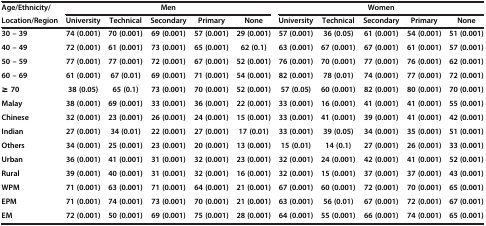
<table><thead><tr><td><b>Age/Ethnicity/</b></td><td colspan="5"><b>Men</b></td><td colspan="5"><b>Women</b></td></tr><tr><td><b>Location/Region</b></td><td><b>University</b></td><td><b>Technical</b></td><td><b>Secondary</b></td><td><b>Primary</b></td><td><b>None</b></td><td><b>University</b></td><td><b>Technical</b></td><td><b>Secondary</b></td><td><b>Primary</b></td><td><b>None</b></td></tr></thead><tbody><tr><td><b>30 – 39</b></td><td><b>74 (0.001)</b></td><td><b>70 (0.001)</b></td><td><b>69 (0.001)</b></td><td><b>57 (0.001)</b></td><td><b>29 (0.001)</b></td><td><b>57 (0.001)</b></td><td><b>36 (0.05)</b></td><td><b>61 (0.001)</b></td><td><b>54 (0.001)</b></td><td><b>51 (0.001)</b></td></tr><tr><td><b>40 – 49</b></td><td><b>72 (0.001)</b></td><td><b>61 (0.001)</b></td><td><b>73 (0.001)</b></td><td><b>65 (0.001)</b></td><td><b>62 (0.1)</b></td><td><b>63 (0.001)</b></td><td><b>67 (0.001)</b></td><td><b>67 (0.001)</b></td><td><b>61 (0.001)</b></td><td><b>57 (0.001)</b></td></tr><tr><td><b>50 – 59</b></td><td><b>77 (0.001)</b></td><td><b>77 (0.001)</b></td><td><b>72 (0.001)</b></td><td><b>67 (0.001)</b></td><td><b>52 (0.001)</b></td><td><b>76 (0.001)</b></td><td><b>70 (0.001)</b></td><td><b>77 (0.001)</b></td><td><b>76 (0.001)</b></td><td><b>62 (0.001)</b></td></tr><tr><td><b>60 – 69</b></td><td><b>61 (0.001)</b></td><td><b>67 (0.01)</b></td><td><b>69 (0.001)</b></td><td><b>71 (0.001)</b></td><td><b>54 (0.001)</b></td><td><b>82 (0.001)</b></td><td><b>78 (0.01)</b></td><td><b>74 (0.001)</b></td><td><b>77 (0.001)</b></td><td><b>72 (0.001)</b></td></tr><tr><td><b>≥ 70</b></td><td><b>38 (0.05)</b></td><td><b>65 (0.1)</b></td><td><b>73 (0.001)</b></td><td><b>70 (0.001)</b></td><td><b>52 (0.001)</b></td><td><b>57 (0.05)</b></td><td><b>60 (0.001)</b></td><td><b>82 (0.001)</b></td><td><b>80 (0.001)</b></td><td><b>70 (0.001)</b></td></tr><tr><td><b>Malay</b></td><td><b>38 (0.001)</b></td><td><b>69 (0.001)</b></td><td><b>33 (0.001)</b></td><td><b>36 (0.001)</b></td><td><b>22 (0.001)</b></td><td><b>33 (0.001)</b></td><td><b>16 (0.001)</b></td><td><b>41 (0.001)</b></td><td><b>41 (0.001)</b></td><td><b>55 (0.001)</b></td></tr><tr><td><b>Chinese</b></td><td><b>32 (0.001)</b></td><td><b>23 (0.001)</b></td><td><b>26 (0.001)</b></td><td><b>24 (0.001)</b></td><td><b>15 (0.001)</b></td><td><b>33 (0.001)</b></td><td><b>41 (0.001)</b></td><td><b>39 (0.001)</b></td><td><b>41 (0.001)</b></td><td><b>42 (0.001)</b></td></tr><tr><td><b>Indian</b></td><td><b>27 (0.001)</b></td><td><b>34 (0.01)</b></td><td><b>22 (0.001)</b></td><td><b>27 (0.001)</b></td><td><b>17 (0.01)</b></td><td><b>33 (0.001)</b></td><td><b>39 (0.05)</b></td><td><b>34 (0.001)</b></td><td><b>35 (0.001)</b></td><td><b>51 (0.001)</b></td></tr><tr><td><b>Others</b></td><td><b>34 (0.001)</b></td><td><b>25 (0.001)</b></td><td><b>23 (0.001)</b></td><td><b>20 (0.001)</b></td><td><b>13 (0.001)</b></td><td><b>15 (0.01)</b></td><td><b>14 (0.1)</b></td><td><b>27 (0.001)</b></td><td><b>26 (0.001)</b></td><td><b>33 (0.001)</b></td></tr><tr><td><b>Urban</b></td><td><b>36 (0.001)</b></td><td><b>41 (0.001)</b></td><td><b>31 (0.001)</b></td><td><b>32 (0.001)</b></td><td><b>23 (0.001)</b></td><td><b>32 (0.001)</b></td><td><b>24 (0.001)</b></td><td><b>42 (0.001)</b></td><td><b>41 (0.001)</b></td><td><b>52 (0.001)</b></td></tr><tr><td><b>Rural</b></td><td><b>39 (0.001)</b></td><td><b>40 (0.001)</b></td><td><b>31 (0.001)</b></td><td><b>32 (0.001)</b></td><td><b>16 (0.001)</b></td><td><b>32 (0.001)</b></td><td><b>15 (0.001)</b></td><td><b>37 (0.001)</b></td><td><b>37 (0.001)</b></td><td><b>43 (0.001)</b></td></tr><tr><td><b>WPM</b></td><td><b>71 (0.001)</b></td><td><b>63 (0.001)</b></td><td><b>71 (0.001)</b></td><td><b>64 (0.001)</b></td><td><b>21 (0.001)</b></td><td><b>67 (0.001)</b></td><td><b>60 (0.001)</b></td><td><b>72 (0.001)</b></td><td><b>70 (0.001)</b></td><td><b>65 (0.001)</b></td></tr><tr><td><b>EPM</b></td><td><b>71 (0.001)</b></td><td><b>74 (0.001)</b></td><td><b>73 (0.001)</b></td><td><b>70 (0.001)</b></td><td><b>21 (0.001)</b></td><td><b>63 (0.001)</b></td><td><b>56 (0.01)</b></td><td><b>67 (0.001)</b></td><td><b>72 (0.001)</b></td><td><b>67 (0.001)</b></td></tr><tr><td><b>EM</b></td><td><b>72 (0.001)</b></td><td><b>50 (0.001)</b></td><td><b>69 (0.001)</b></td><td><b>75 (0.001)</b></td><td><b>28 (0.001)</b></td><td><b>64 (0.001)</b></td><td><b>55 (0.001)</b></td><td><b>66 (0.001)</b></td><td><b>74 (0.001)</b></td><td><b>65 (0.001)</b></td></tr></tbody></table>